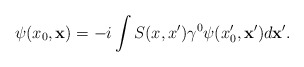
\begin{align*} \psi(x_0,{\bf x})=-i\int S(x,x')\gamma^0\psi(x'_0,{\bf x'})d{\bf x}'.\end{align*}